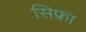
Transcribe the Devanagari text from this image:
सिफ्रा